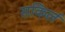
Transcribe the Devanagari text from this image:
सकिर्ल